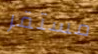
مستقر